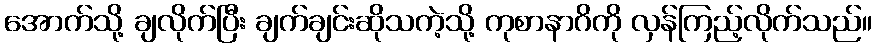
အောက်သို့ ချလိုက်ပြီး ချက်ချင်းဆိုသကဲ့သို့ ကုစာနာဂိကို လှန်ကြည့်လိုက်သည်။